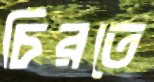
চিরতে